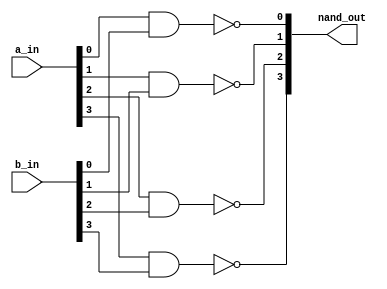
///// NAND 4 BITS /////
module NAND(a_in, b_in, nand_out);
  parameter DATA_WIDTH = 4;
  input   [DATA_WIDTH-1:0] a_in, b_in;
  output  [DATA_WIDTH-1:0] nand_out;
  
  genvar i;
  generate
    for(i = 0; i < DATA_WIDTH; i = i + 1) begin
      nand Nand(nand_out[i], a_in[i], b_in[i]);
    end
  endgenerate
  
  
endmodule